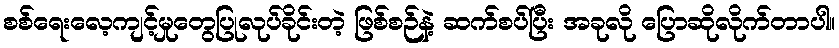
စစ်ရေးလေ့ကျင့်မှုတွေပြုလုပ်ခိုင်းတဲ့ ဖြစ်စဉ်နဲ့ ဆက်စပ်ပြီး အခုလို ပြောဆိုလိုက်တာပါ။